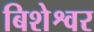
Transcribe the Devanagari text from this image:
बिशेश्वर